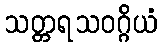
သတ္တရသဝဂ္ဂိယံ